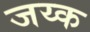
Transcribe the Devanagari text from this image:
जय्क